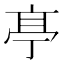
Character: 𠅘